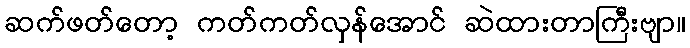
ဆက်ဖတ်တော့ ကတ်ကတ်လှန်အောင် ဆဲထားတာကြီးဗျာ။